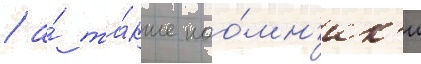
/ а́ та́кже нао́мн'ик'и